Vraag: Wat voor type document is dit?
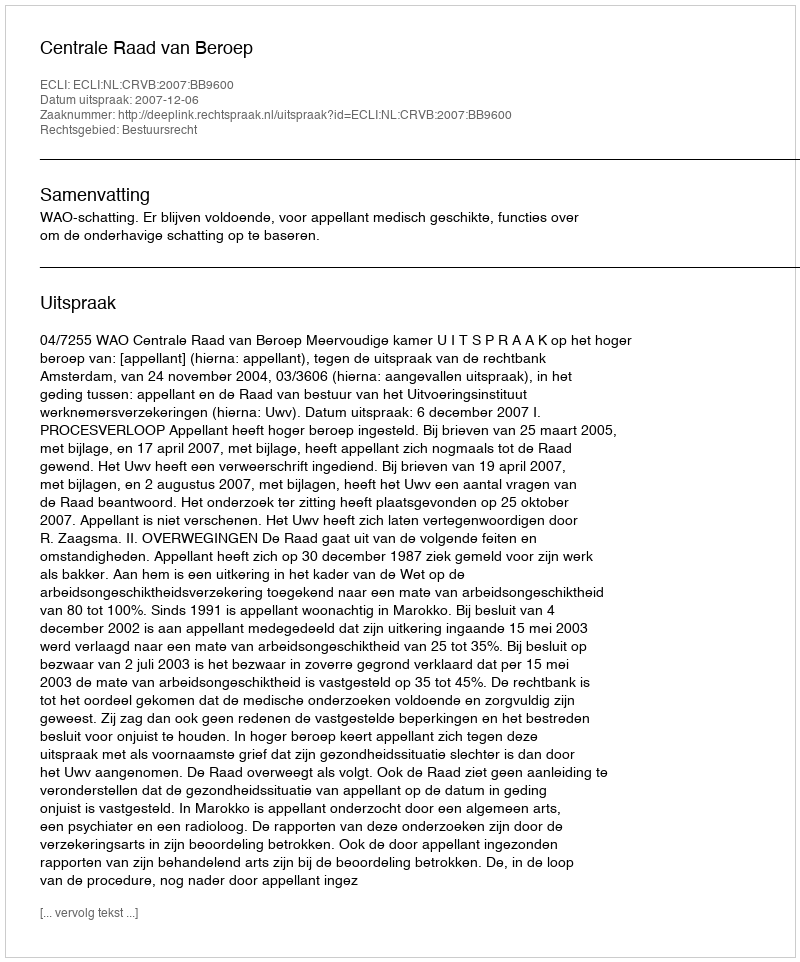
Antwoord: Uitspraak